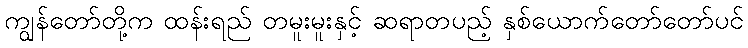
ကျွန်တော်တို့က ထန်းရည် တမူးမူးနှင့် ဆရာတပည့် နှစ်ယောက်တော်တော်ပင်